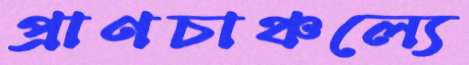
প্রাণচাঞ্চল্যে